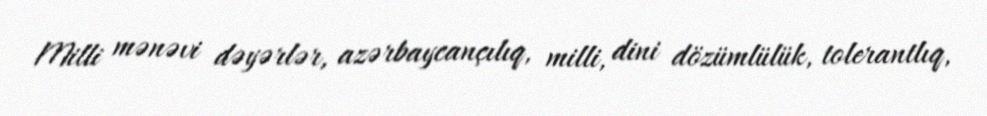
Milli mənəvi dəyərlər, azərbaycançılıq, milli, dini dözümlülük, tolerantlıq,